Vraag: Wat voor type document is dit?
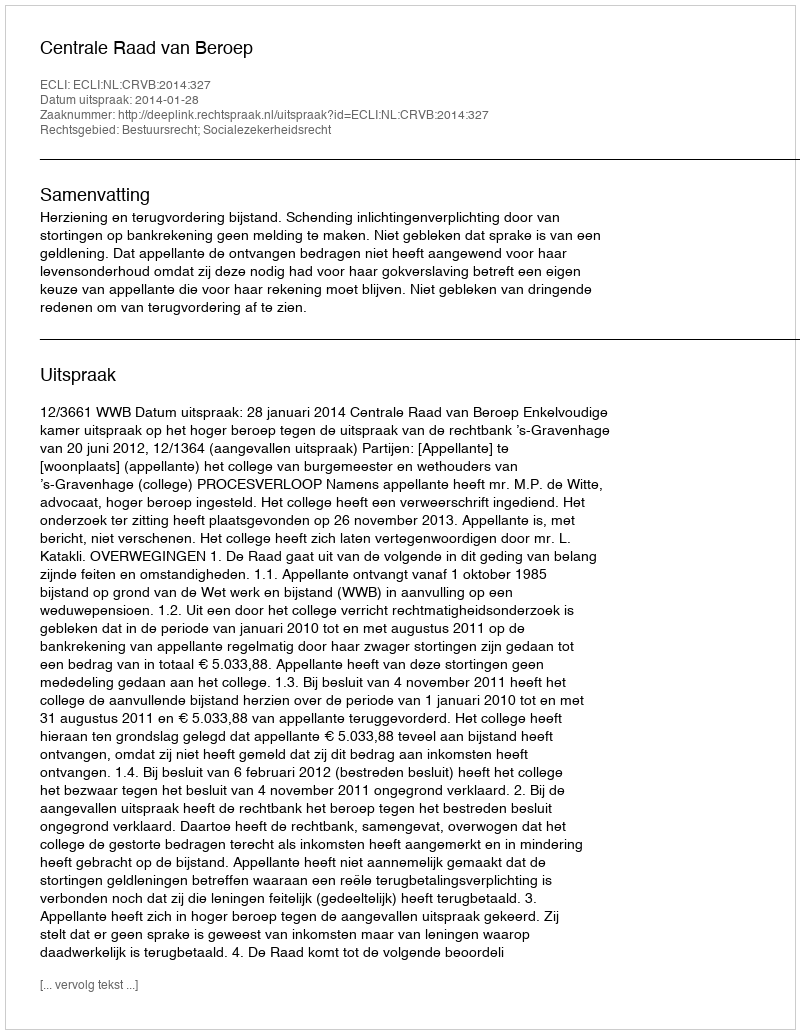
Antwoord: Uitspraak